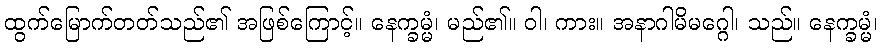
ထွက်မြောက်တတ်သည်၏ အဖြစ်ကြောင့်။ နေက္ခမ္မံ၊ မည်၏။ ဝါ၊ ကား။ အနာဂါမိမဂ္ဂေါ၊ သည်။ နေက္ခမ္မံ၊